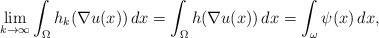
LaTeX: \begin{align*} \lim_{k \to \infty} \int _\Omega h_k(\nabla u(x))\, dx = \int _\Omega h(\nabla u(x))\, dx = \int_{\omega} \psi (x)\, dx,\end{align*}